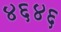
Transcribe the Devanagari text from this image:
४६४६